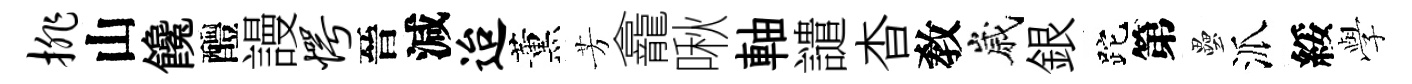
排山饞醴謾愕晉減迨薰芳龕啾軸譴杳敎嵗銀跎第壘派綏𫝯